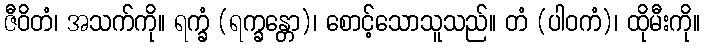
ဇီဝိတံ၊ အသက်ကို။ ရက္ခံ (ရက္ခန္တော)၊ စောင့်သောသူသည်။ တံ (ပါဝကံ)၊ ထိုမီးကို။